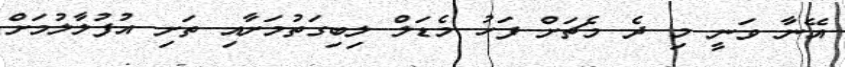
އޭނާ ވަނީ މި ދެ މެޗަށް ފަހު މެޑަލް ލިބިގަތުމަށާއި ތަށި އުފުލާލުމަށް